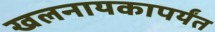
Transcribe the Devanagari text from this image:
खलनायकापर्यंत